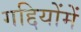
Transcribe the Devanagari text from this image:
गद्दियोंमें